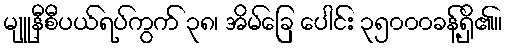
မျူနီစီပယ်ရပ်ကွက် ၃၈၊ အိမ်ခြေ ပေါင်း ၃၅၀၀၀ခန့်ရှိ၏။